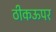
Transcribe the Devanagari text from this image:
ठीकऊपर